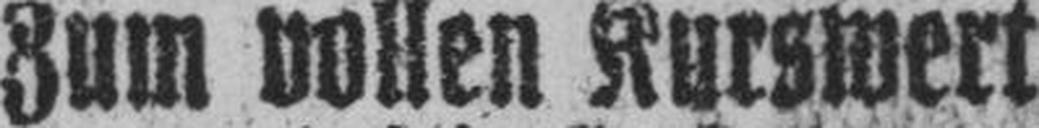
Zum vollen Kurswert